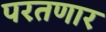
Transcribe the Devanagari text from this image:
परतणार